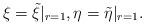
LaTeX: \begin{align*}\xi = \tilde{\xi}|_{r=1}, \eta= \tilde{\eta}|_{r=1}.\end{align*}